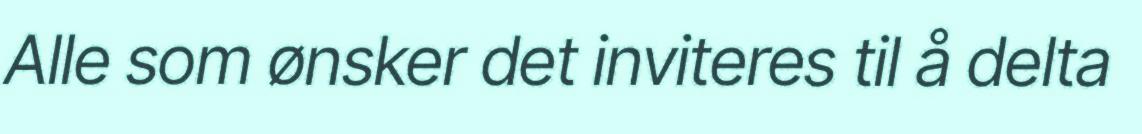
Alle som ønsker det inviteres til å delta